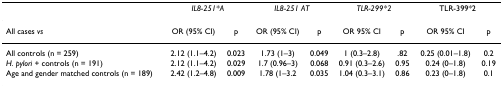
<table><thead><tr><td></td><td colspan="2"><b><i>IL8-251*A</i></b></td><td colspan="2"><b><i>IL8-251 AT</i></b></td><td colspan="2"><b><i>TLR-299*2</i></b></td><td colspan="2"><b>TLR-399*2</b></td></tr></thead><tbody><tr><td>All cases <i>vs</i></td><td>OR (95% CI)</td><td>p</td><td>OR (95% CI)</td><td>p</td><td>OR 95% CI</td><td>p</td><td>OR 95% CI</td><td>p</td></tr><tr><td>All controls (n = 259)</td><td>2.12 (1.1–4.2)</td><td>0.023</td><td>1.73 (1–3)</td><td>0.049</td><td>1 (0.3–2.8)</td><td>.82</td><td>0.25 (0.01–1.8)</td><td>0.2</td></tr><tr><td><i>H. pylori </i>+ controls (n = 191)</td><td>2.12 (1.1–4.2)</td><td>0.029</td><td>1.7 (0.96–3)</td><td>0.068</td><td>0.91 (0.3–2.6)</td><td>0.95</td><td>0.24 (0–1.8)</td><td>0.19</td></tr><tr><td>Age and gender matched controls (n = 189)</td><td>2.42 (1.2–4.8)</td><td>0.009</td><td>1.78 (1–3.2</td><td>0.035</td><td>1.04 (0.3–3.1)</td><td>0.86</td><td>0.23 (0–1.8)</td><td>0.1</td></tr></tbody></table>